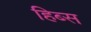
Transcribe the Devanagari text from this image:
हिब्स